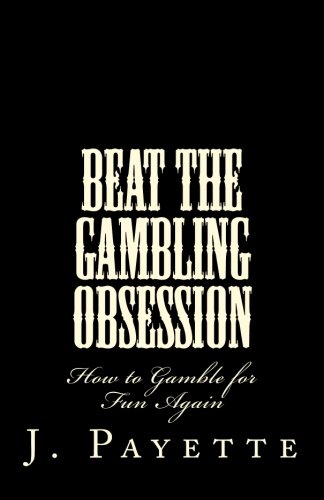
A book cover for Beat the Gambling Obsession: How to Gamble for Fun Again; J. Arthur Payette; Health, Fitness & Dieting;